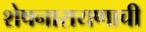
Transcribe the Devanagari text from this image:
शेषनारायणाची